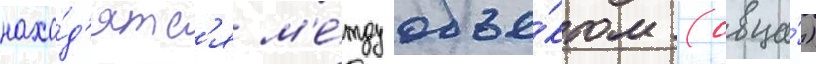
нахо́д'ятс'я м'е́жду объе́ктом (овца́)